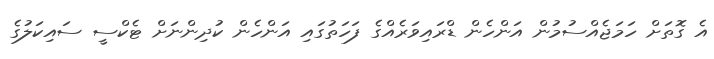
އެ ގޮތަށް ހަމަޖެއްސުމުން އަންހެން ޑްރައިވަރެއްގެ ފަހަތުގައި އަންހެން ކުދިންނަށް ޓެކްސީ ސައިކަލުގެ